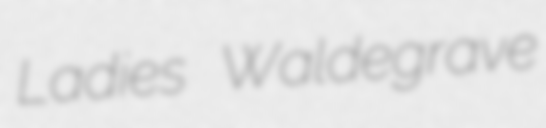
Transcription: Ladies Waldegrave